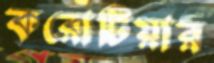
করোটিয়ার